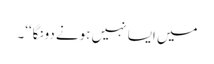
میں ایسا نہیں ہونے دونگا‘‘۔